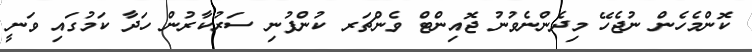
ކޮންމެހެން ނުޖެހޭ މިދެންނެވުނު ޖޮއިންޓް ވެންޗަރ ކުންފުނި ސަރުކާރުން ހަދާ ކަމުގައި ވަނީ